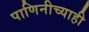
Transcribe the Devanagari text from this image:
पाणिनीच्याही